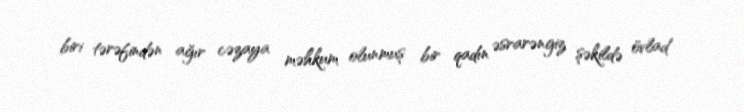
biri tərəfindən ağır cəzaya məhkum olunmuş bir qadın əsrarəngiz şəkildə övlad